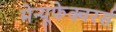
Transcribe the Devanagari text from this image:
मेन्यूफेक्चरर्स